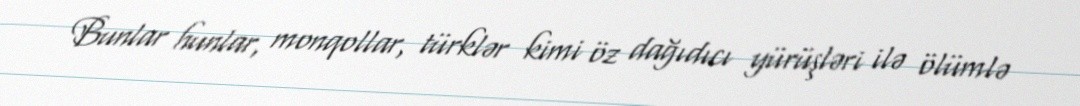
Bunlar hunlar, monqollar, türklər kimi öz dağıdıcı yürüşləri ilə ölümlə